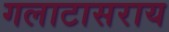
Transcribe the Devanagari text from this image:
गलाटासराय